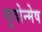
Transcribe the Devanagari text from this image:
युवोन्मेष